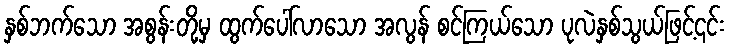
နှစ်ဘက်သော အစွန်းတို့မှ ထွက်ပေါ်လာသော အလွန် စင်ကြယ်သော ပုလဲနှစ်သွယ်ဖြင့်၎င်း